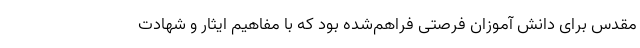
مقدس برای دانش آموزان فرصتی فراهم‌شده بود که با مفاهیم ایثار و شهادت